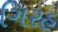
ગિરહ